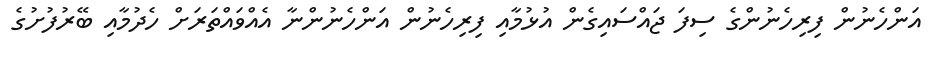
އަންހެނުން ފިރިހެނުންގެ ސިފަ ޖައްސައިގެން އުޅުމާއި ފިރިހެނުން އަންހެނުންނާ އެއްވައްތަރަށް ހެދުމާއި ބޭރުފުށުގެ